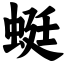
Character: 蜓